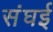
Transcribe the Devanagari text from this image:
संघई